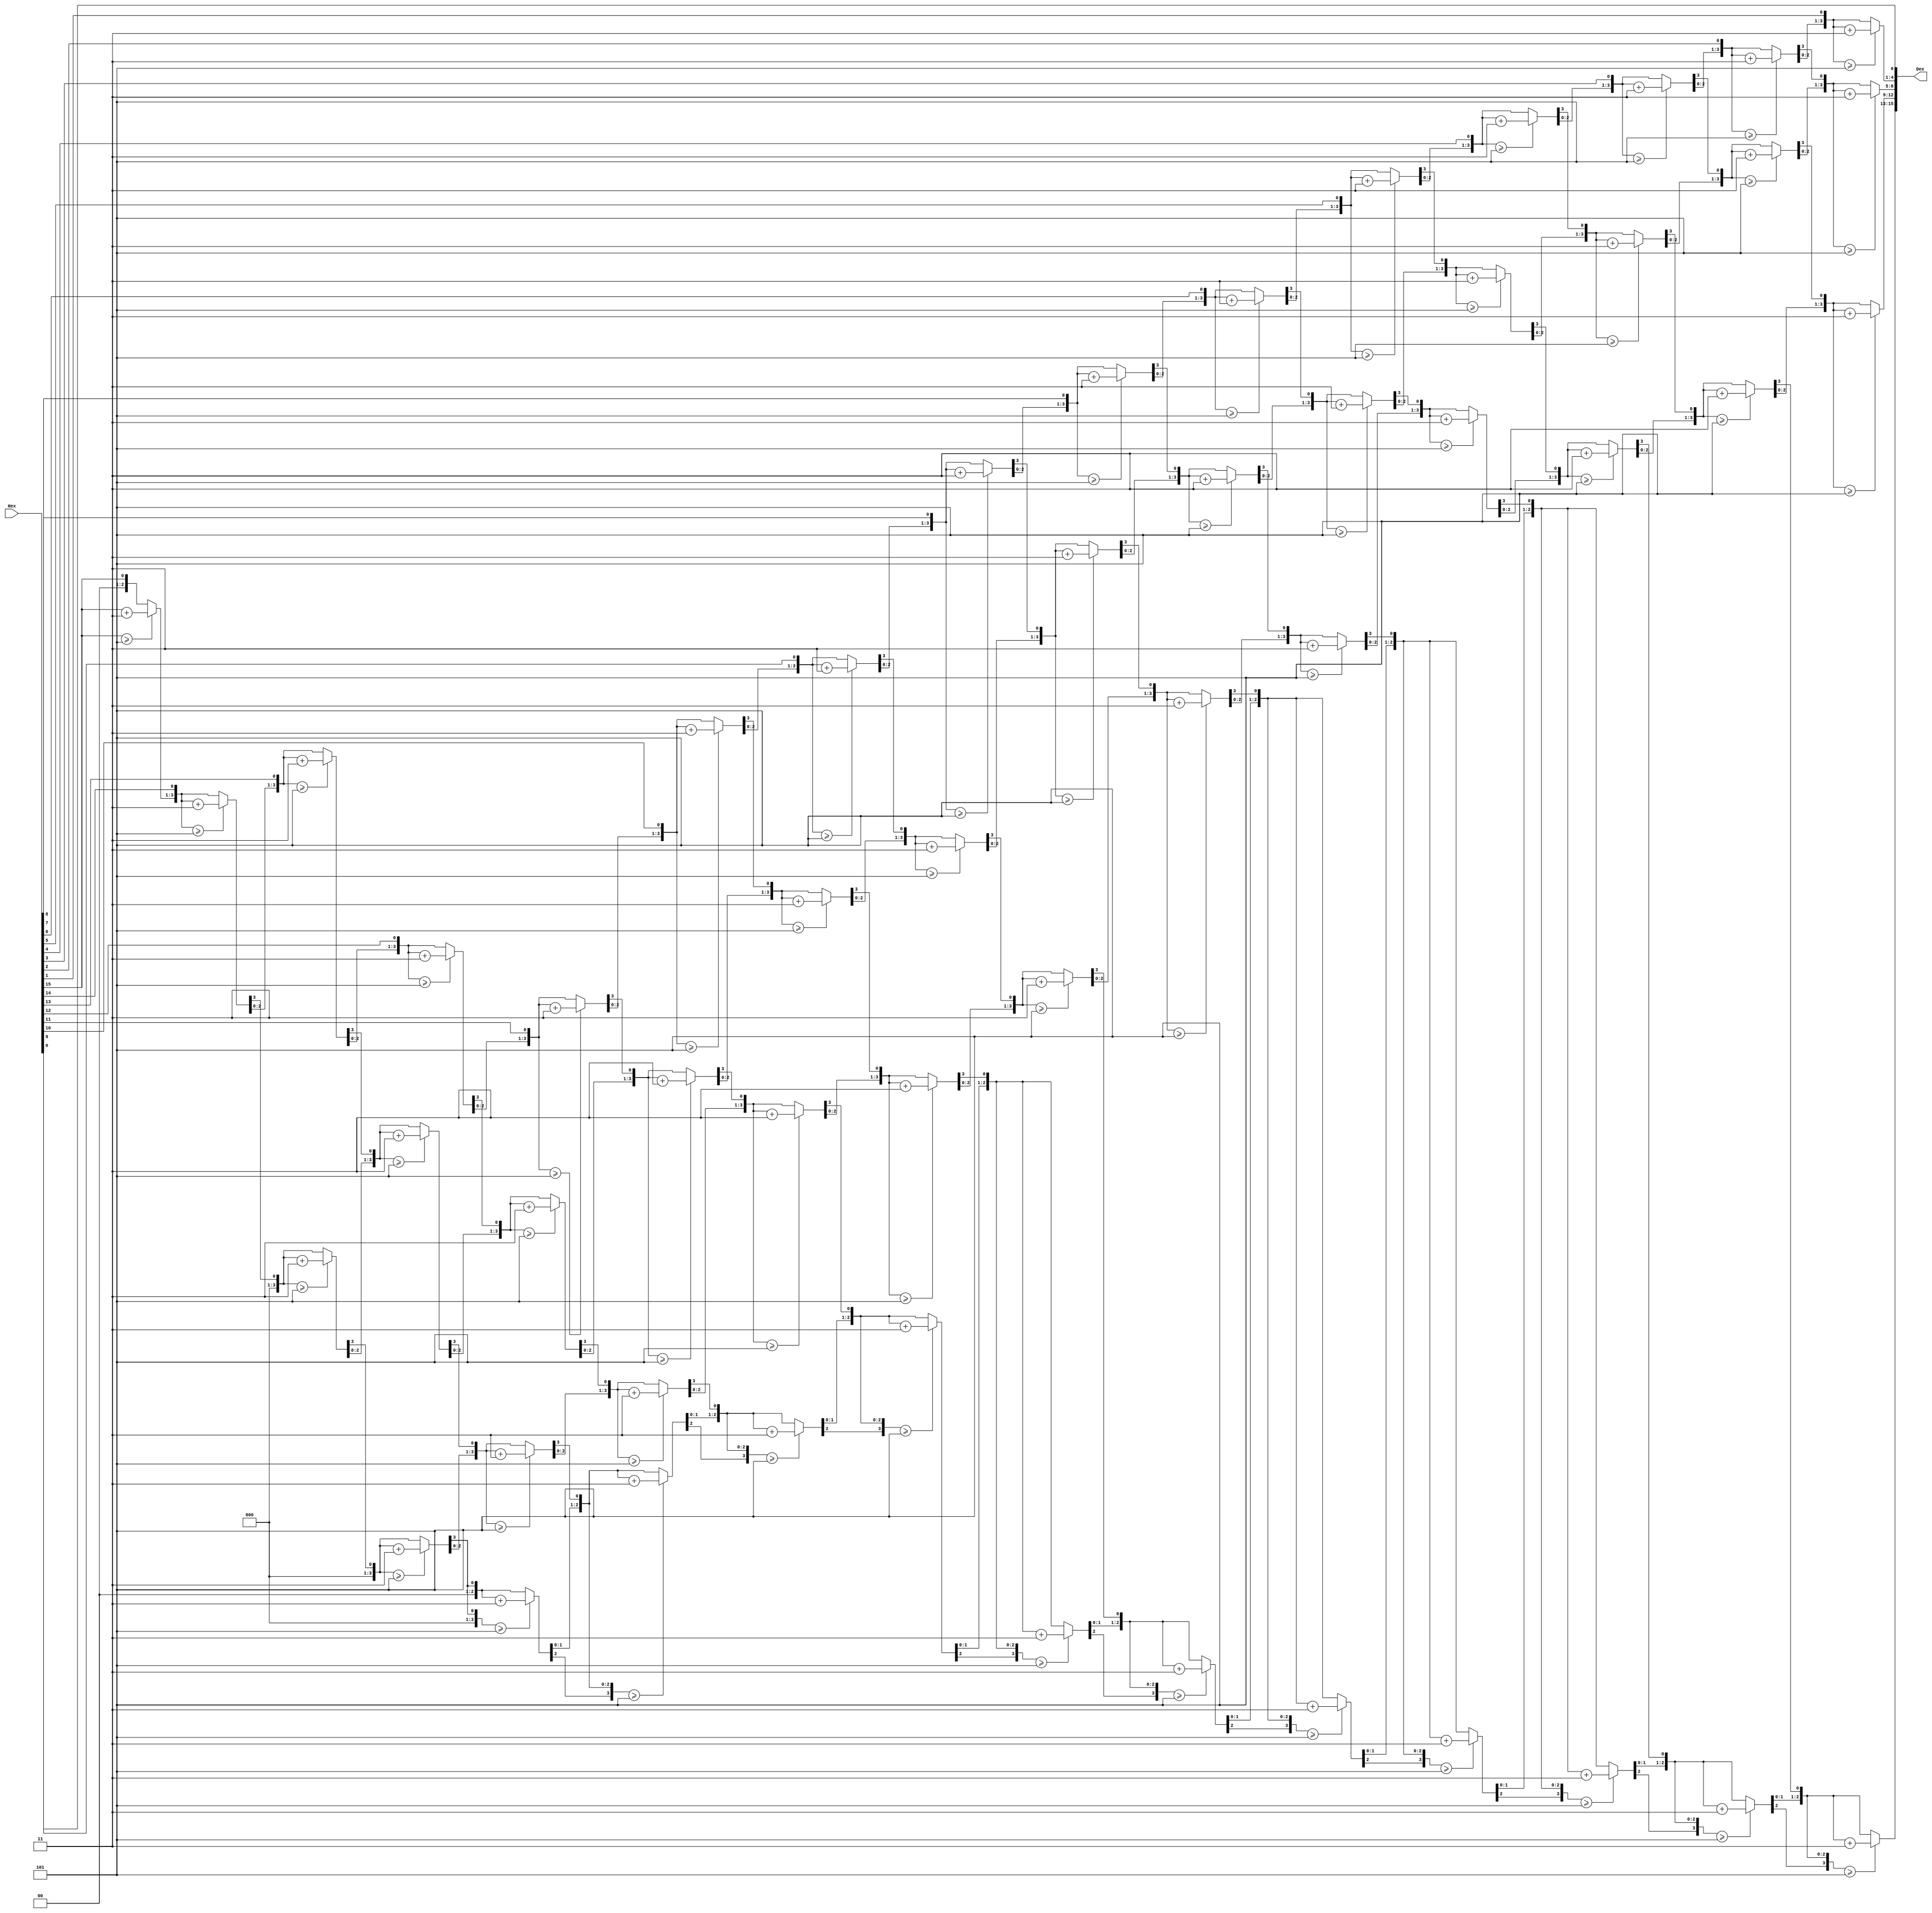
`timescale 1ns / 1ps
module H2D(
    input [15:0] Hex,
    output reg [15:0] Dex
);
reg [3:0] Thousands;
reg [3:0] Hundreds;
reg [3:0] Tens;
reg [3:0] Ones;
integer i;
always@(Hex)
begin
  Thousands=0;
  Hundreds=0;
  Tens=0;
  Ones=0;

  for(i=15;i>=0;i=i-1)
  begin
    if(Thousands>=5)
        Thousands=Thousands+3;
    if(Hundreds>=5)
        Hundreds=Hundreds+3;
    if(Tens>=5)
        Tens=Tens+3;
    if(Ones>=5)
        Ones=Ones+3;
    
    Thousands=Thousands<<1;
    Thousands[0]=Hundreds[3];
    Hundreds=Hundreds<<1;
    Hundreds[0]=Tens[3];
    Tens=Tens<<1;
    Tens[0]=Ones[3];
    Ones=Ones<<1;
    Ones[0]=Hex[i];
  end
  Dex={Thousands,Hundreds,Tens,Ones};
end

endmodule